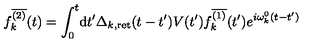
f _ { k } ^ { \overline { { ( 2 ) } } } ( t ) = \int _ { 0 } ^ { t } \! \mathrm { d } t ^ { \prime } \Delta _ { k , \mathrm { r e t } } ( t - t ^ { \prime } ) V ( t ^ { \prime } ) f _ { k } ^ { \overline { { ( 1 ) } } } ( t ^ { \prime } ) e ^ { i \omega _ { k } ^ { 0 } ( t - t ^ { \prime } ) }